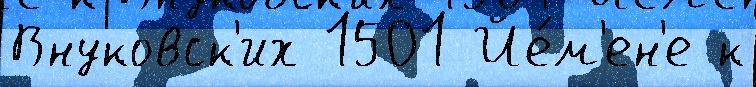
Внуковск'их 1501 Йе́м'ен'е к